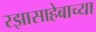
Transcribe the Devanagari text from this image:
रझासाहेबाच्या